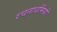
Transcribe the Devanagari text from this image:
रचनाधर्मियों